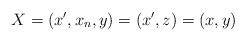
LaTeX: \begin{align*}X = (x', x_n, y) = (x',z) = (x, y)\end{align*}